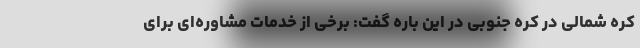
کره شمالی در کره جنوبی در این باره گفت: برخی از خدمات مشاوره‌ای برای